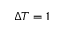
\Delta T = 1